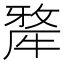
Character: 𤛆